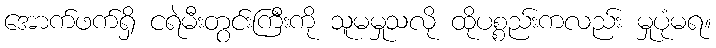
အောက်ဖက်ရှိ ငရဲမီးတွင်းကြီးကို သူမမှုသလို ထိုပစ္စည်းကလည်း မှုပုံမရ။